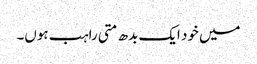
میں خود ایک بدھ متی راہب ہوں۔